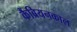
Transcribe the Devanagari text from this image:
कैंब्रियनकाल